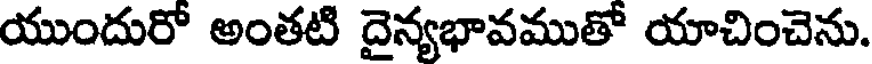
యుందురో అంతటి దైన్యభావముతో యాచించెను.